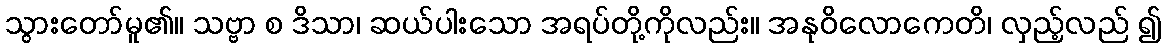
သွားတော်မူ၏။ သဗ္ဗာ စ ဒိသာ၊ ဆယ်ပါးသော အရပ်တို့ကိုလည်း။ အနုဝိလောကေတိ၊ လှည့်လည် ၍